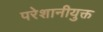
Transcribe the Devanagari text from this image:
परेशानीयुक्त